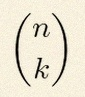
\binom{n}{k}